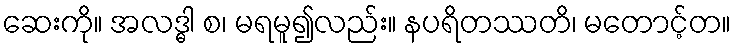
ဆေးကို။ အလဒ္ဓါ စ၊ မရမူ၍လည်း။ နပရိတဿတိ၊ မတောင့်တ။